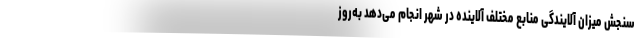
سنجش میزان آلایندگی منابع مختلف آلاینده در شهر انجام می‌دهد به‌روز